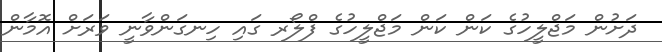
ދަށުން މަޖްލީހުގެ ކަން ކަން މަޖްލީހުގެ ފްލޯރ ގައި ހިނގަންވާނީ ވަރަށް އޮމާން